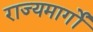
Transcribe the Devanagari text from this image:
राज्यमार्गों